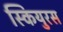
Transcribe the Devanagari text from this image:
स्कियुरस